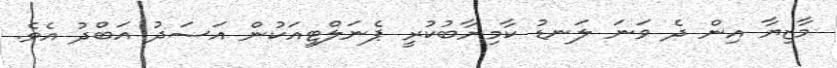
މާޒިޔާ އިން ދެ ވަނަ ލަނޑު ކާމިޔާބުކުރީ ޕެނަލްޓީއަކުން އަސަދު އަބްދު އެވެ.